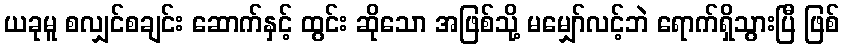
ယခုမူ စလျှင်စချင်း ဆောက်နှင့် ထွင်း ဆိုသော အဖြစ်သို့ မမျှော်လင့်ဘဲ ရောက်ရှိသွားပြီ ဖြစ်